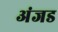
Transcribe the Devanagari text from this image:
अंजड